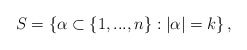
\begin{align*}S=\left\{ \alpha\subset\left\{ 1,...,n\right\} :\left\vert \alpha\right\vert =k\right\} ,\end{align*}